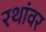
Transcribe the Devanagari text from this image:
रथांवर